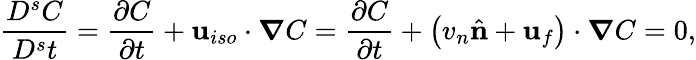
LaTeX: \frac{D^{s}C}{D^{s}t}=\frac{\partial C}{\partial t}+\textbf{u}_{iso}\cdot\boldsymbol\nabla C=\frac{\partial C}{\partial t}+\left(v_{n}\hat{\textbf{n}}+\textbf{u}_{f}\right)\cdot\boldsymbol\nabla C=0,